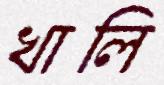
খালি